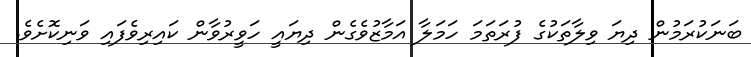
ބަނަކުރަމުން ދިޔަ ވިލާތަކުގެ ފުރަތަމަ ހަމަލާ އަމާޒުވެގެން ދިޔައީ ހަވީރުވާން ކައިރިވެފައި ވަނިކޮށެވެ.